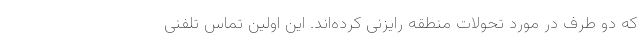
که دو طرف در مورد تحولات منطقه رایزنی کرده‌اند. این اولین تماس تلفنی